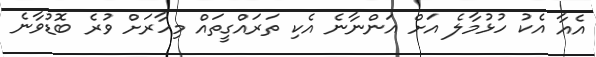
އެއާ އެކު ހުޅުމާލެ އަށް އަންނާނެ އެކި ތަރައްގީތައް މިހާރަށް ވުރެ ބޮޑުވާނެ